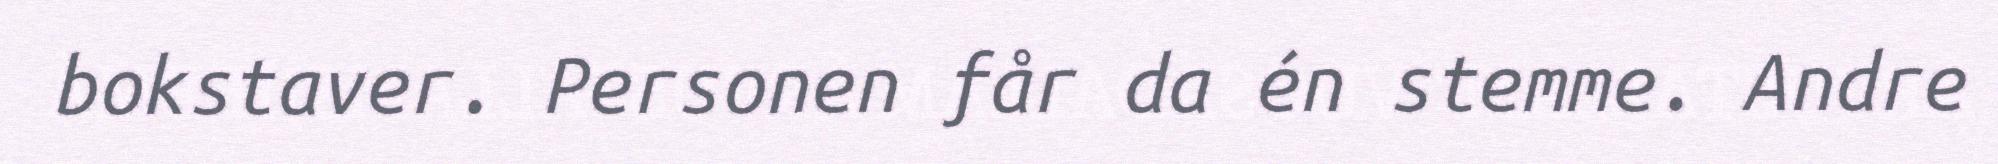
bokstaver. Personen får da én stemme. Andre